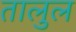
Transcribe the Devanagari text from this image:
तालुल